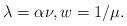
LaTeX: \begin{align*}\lambda=\alpha\nu,w=1/\mu.\end{align*}